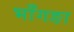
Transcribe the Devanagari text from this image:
भाँगङा